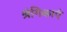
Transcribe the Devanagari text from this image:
श्रंगिकाएं